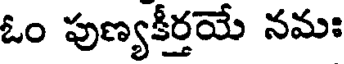
ఓం పుణ్యకీర్తయే నమః